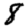
Digit: 8